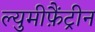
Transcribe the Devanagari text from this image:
ल्युमीफ़ैंट्रीन